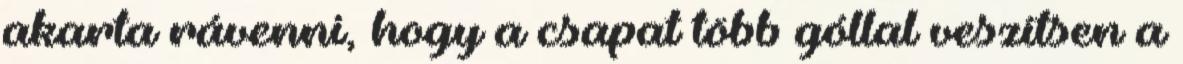
akarta rávenni, hogy a csapat több góllal veszítsen a